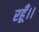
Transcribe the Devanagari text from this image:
रहूँ।।